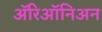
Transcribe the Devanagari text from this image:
ॲरिऑनिअन